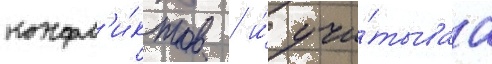
конфл'и́ктов / и́ учи́тываа